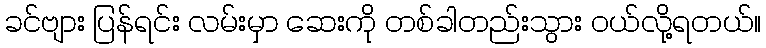
ခင်ဗျား ပြန်ရင်း လမ်းမှာ ဆေးကို တစ်ခါတည်းသွား ဝယ်လို့ရတယ်။